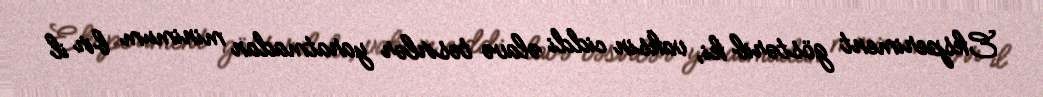
Eksperiment göstərib ki, vaksin ciddi əlavə təsirlər yaratmadan minimum bir il